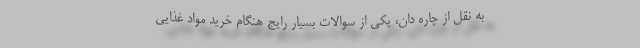
به نقل از چاره دان،‌ یکی از سوالات بسیار رایج هنگام خرید مواد غذایی